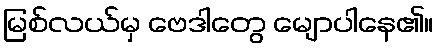
မြစ်လယ်မှ ဗေဒါတွေ မျောပါနေ၏။